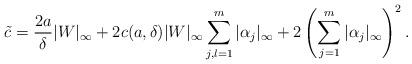
LaTeX: \begin{align*}\tilde c= {2a\over \delta}|W|_\infty+2c(a,\delta)|W|_\infty\sum_{j,l=1}^m |\alpha_j|_\infty+2\left(\sum_{j=1}^m |\alpha_j|_\infty\right)^2.\end{align*}